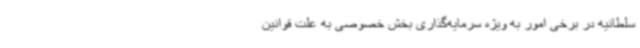
سلطانیه در برخی امور به ویژه سرمایه‌گذاری بخش خصوصی به علت قوانین